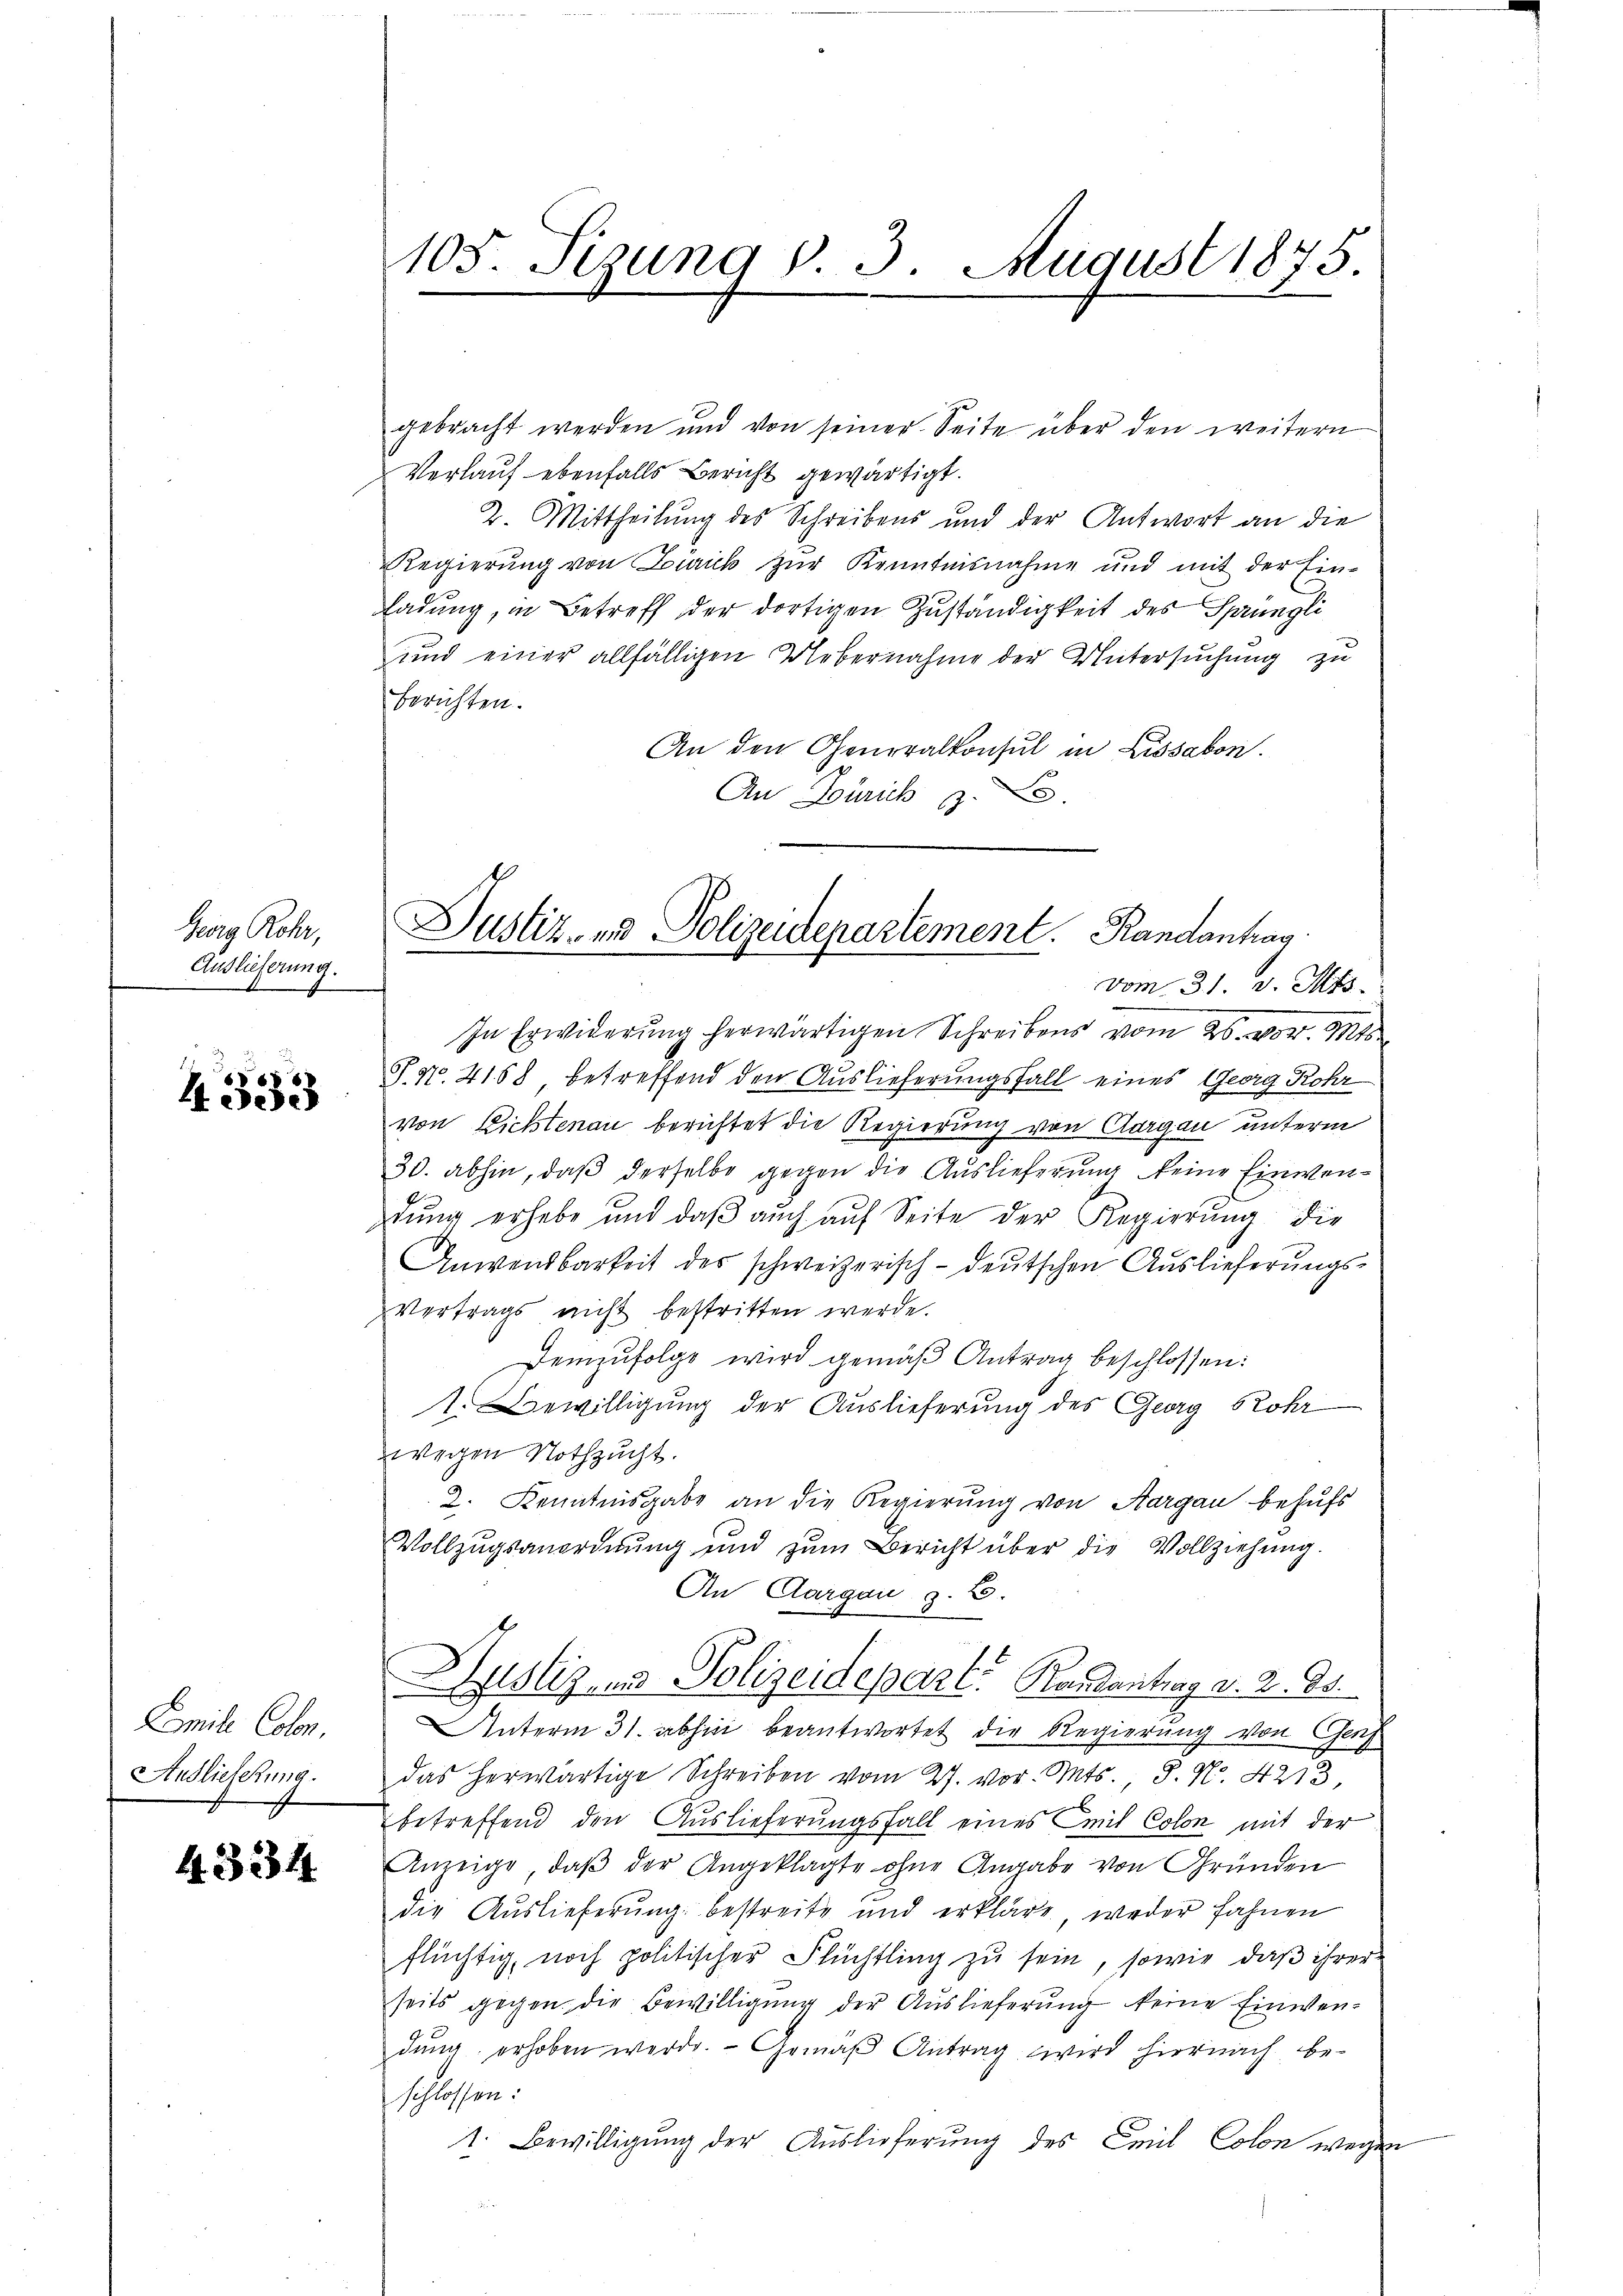
Georg Rohr,
Auslieferung.
d
s

4533

Emile Colon.
Auslieferung.

4334

gebracht werden und von seiner Seite über den weitern
Verlauf ebenfalls Bericht gewärtigt.
2. Mittheilung des Schreibens und der Antwort an die
Regierung von Zürich zur Kenntnisnahme und mit der Ein-
ladung, in Betreff der dortigen Zuständigkeit des Sprüngli
und einer allfälligen Uebernahme der Untersuchung zu
berichten.
An den Generalkonsul in Lissabon.
An Schrich

105. Sizung d. 3. August 1875.

Justiz- und Polizeidepartement.   Randantrag
vom 31. v. Mts.

In Erwiderung herwärtigen Schreibens vom 26. vor. Mts.
T. N. 4168 betreffend den Auslieferungsfall eines Georg Rohr
von Lichtenau berichtet die Regierung von Aargau unterm
30. abhin, daß derselbe gegen die Auslieferung keine Einwentung erhabe und daß auch auf Seite der Regierung die
Anwendbarkeit des schweizerisch-deutschen Auslieferŭngs-
Vertrags nicht bestritten werde.
Demzufolge wird gemäβ Antrag beschlossen:
1. Bewilligung der Auslieferung des Georg Rohr
wegen Nothzucht.
2. Kenntnisgabe an die Regierung von Aargau behufs
Vollzugsanordnung und zŭm Bericht über die Vollziehung.
An Aargau g. 25.
Zustiz- und Polizeidepart. Randantrag d. 2. ds.
Unterm 31. abhin beantwortet die Regierung von Genf
das herwärtige Schreiben vom 27. vor. Mts., S. Nr. 4213
betreffend den Auslieferungsfall eines Emil Colon mit der
Anzeige, daβ der Angeklagte ohne Angabe von Gründen
die Auslieferŭng bestreite und erkläre weder fahnen
flüchtig, noch politischer Flüchtling zu sein, sowie daß ihrer
seits gegen die Bewilligung der Auslieferung keine Einwendung erhoben werde. Gemäß Antrag wird hiernach beschlossen:
1. Bewilligung der Auslieferung des Emil Colon wegen